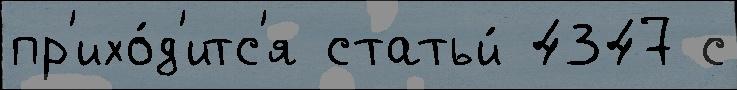
пр'ихо́д'итс'я статьи́ 4347 с